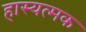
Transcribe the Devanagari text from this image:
हास्यत्मक